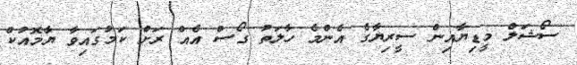
ސޯޝަލް މީޑިޔާއިން ސީރިޔާގެ އެންމެ ހާލަތު ގޯސް އެއް ރަށް ކަމުގައިވާ ޔާމޮއުކް